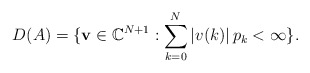
\begin{align*}D(A)=\lbrace {\bf v} \in \mathbb{C}^{N+1} : \sum_{k=0}^{N} \left| v(k) \right| p_k < \infty \rbrace.\end{align*}